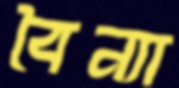
বৈন্যা